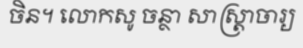
ចិន។ លោកសូ ចន្ថា សាស្ត្រាចារ្យ